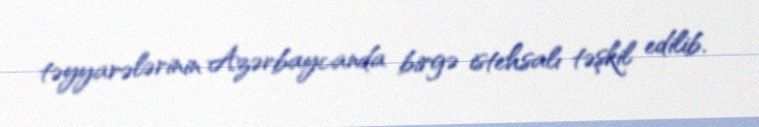
təyyarələrinin Azərbaycanda birgə istehsalı təşkil edilib.